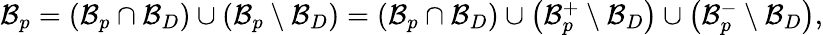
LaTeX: \begin{array}{r}{\mathcal{B}_{p}=\left(\mathcal{B}_{p}\cap\mathcal{B}_{D}\right)\cup\left(\mathcal{B}_{p}\setminus\mathcal{B}_{D}\right)=\left(\mathcal{B}_{p}\cap\mathcal{B}_{D}\right)\cup\left(\mathcal{B}_{p}^{+}\setminus\mathcal{B}_{D}\right)\cup\left(\mathcal{B}_{p}^{-}\setminus\mathcal{B}_{D}\right),}\end{array}